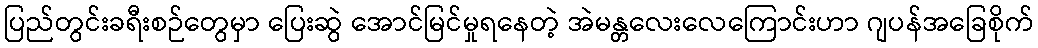
ပြည်တွင်းခရီးစဉ်တွေမှာ ပြေးဆွဲ အောင်မြင်မှုရနေတဲ့ အဲမန္တလေးလေကြောင်းဟာ ဂျပန်အခြေစိုက်